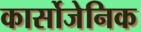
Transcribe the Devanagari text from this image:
कार्सोजेनिक